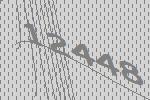
12448